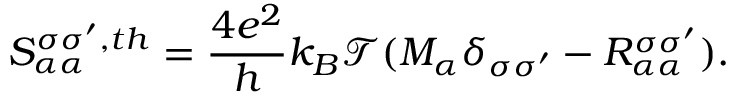
S _ { \alpha \alpha } ^ { \sigma \sigma ^ { \prime } , t h } = \frac { 4 e ^ { 2 } } { h } k _ { B } \mathcal { T } ( M _ { \alpha } \delta _ { \sigma \sigma ^ { \prime } } - R _ { \alpha \alpha } ^ { \sigma \sigma ^ { \prime } } ) .